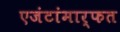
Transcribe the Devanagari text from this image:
एजंटांमार्फत